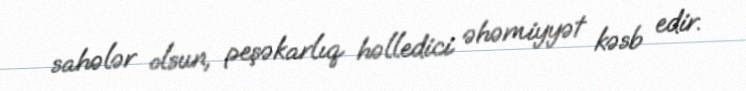
sahələr olsun, peşəkarlıq həlledici əhəmiyyət kəsb edir.